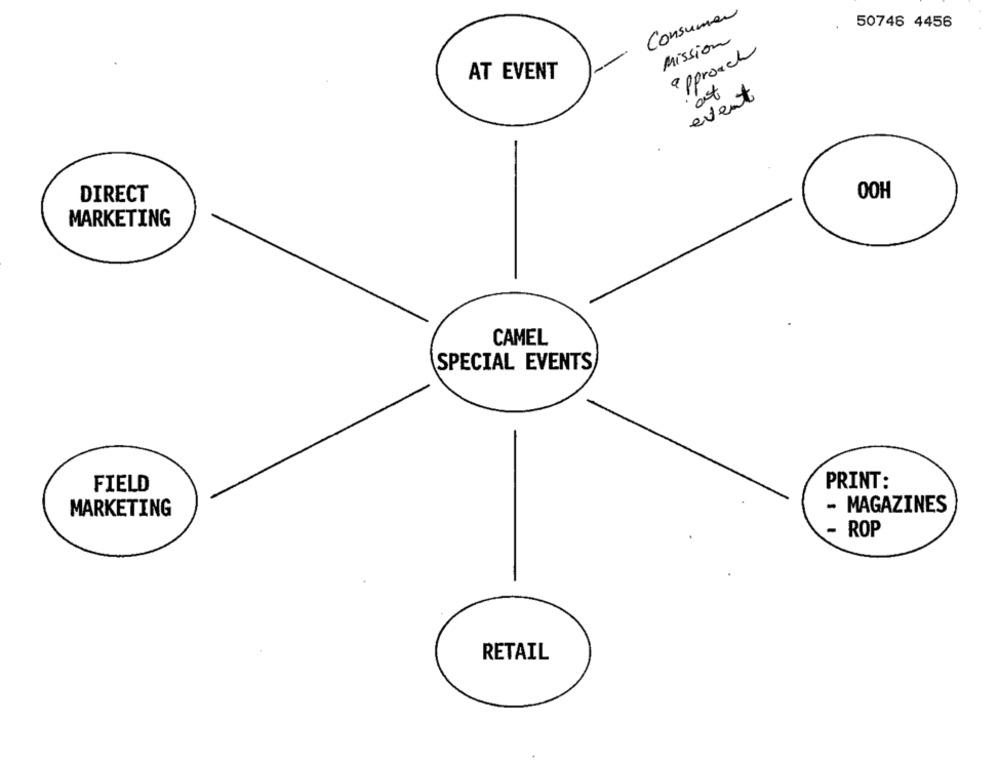
Consumer
50746 4456
Mission
approach
AT EVENT
event
DIRECT
OOH
MARKETING
CAMEL
SPECIAL EVENTS
FIELD
PRINT:
MARKETING
- MAGAZINES
ROP
RETAIL